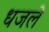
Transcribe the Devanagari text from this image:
धजले